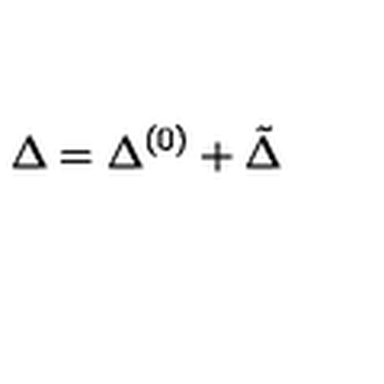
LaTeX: \Delta = \Delta ^ { ( 0 ) } + \tilde { \Delta }